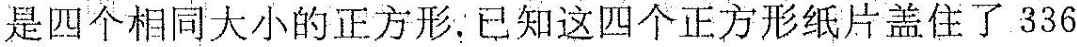
好是四个相同大小的正方形。已知这四个正方形纸片盖住了336